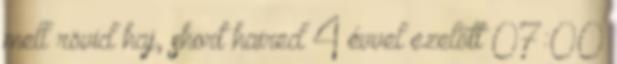
mell rövid haj, short haired 4 évvel ezelőtt 07:00